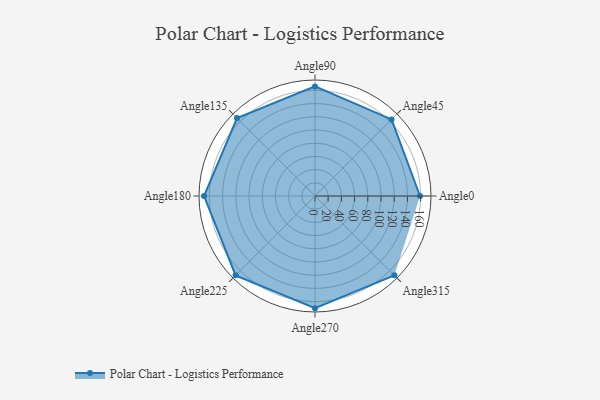
{"axis": {"x": "Angle", "y": "Radius"}, "legend": [""], "data": [{"x": "Angle0", "y": 159.0, "type": ""}, {"x": "Angle45", "y": 164.0, "type": ""}, {"x": "Angle90", "y": 166.0, "type": ""}, {"x": "Angle135", "y": 167.0, "type": ""}, {"x": "Angle180", "y": 168.0, "type": ""}, {"x": "Angle225", "y": 170.0, "type": ""}, {"x": "Angle270", "y": 170, "type": ""}, {"x": "Angle315", "y": 170, "type": ""}]}